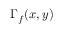
\Gamma _ { f } ( x , y )